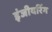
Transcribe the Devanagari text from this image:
इंजीयरिंग